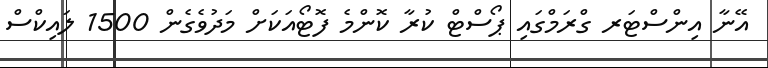
އޭނާ އިންސްޓަރ ގްރަމްގައި ޕޯސްޓް ކުރާ ކޮންމެ ފޮޓޯއަކަށް މަދުވެގެން 1500 ލައިކްސް